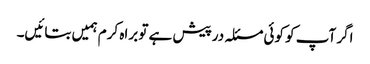
اگر آپ کو کوئی مسئلہ درپیش ہے تو براہ کرم ہمیں بتائیں۔